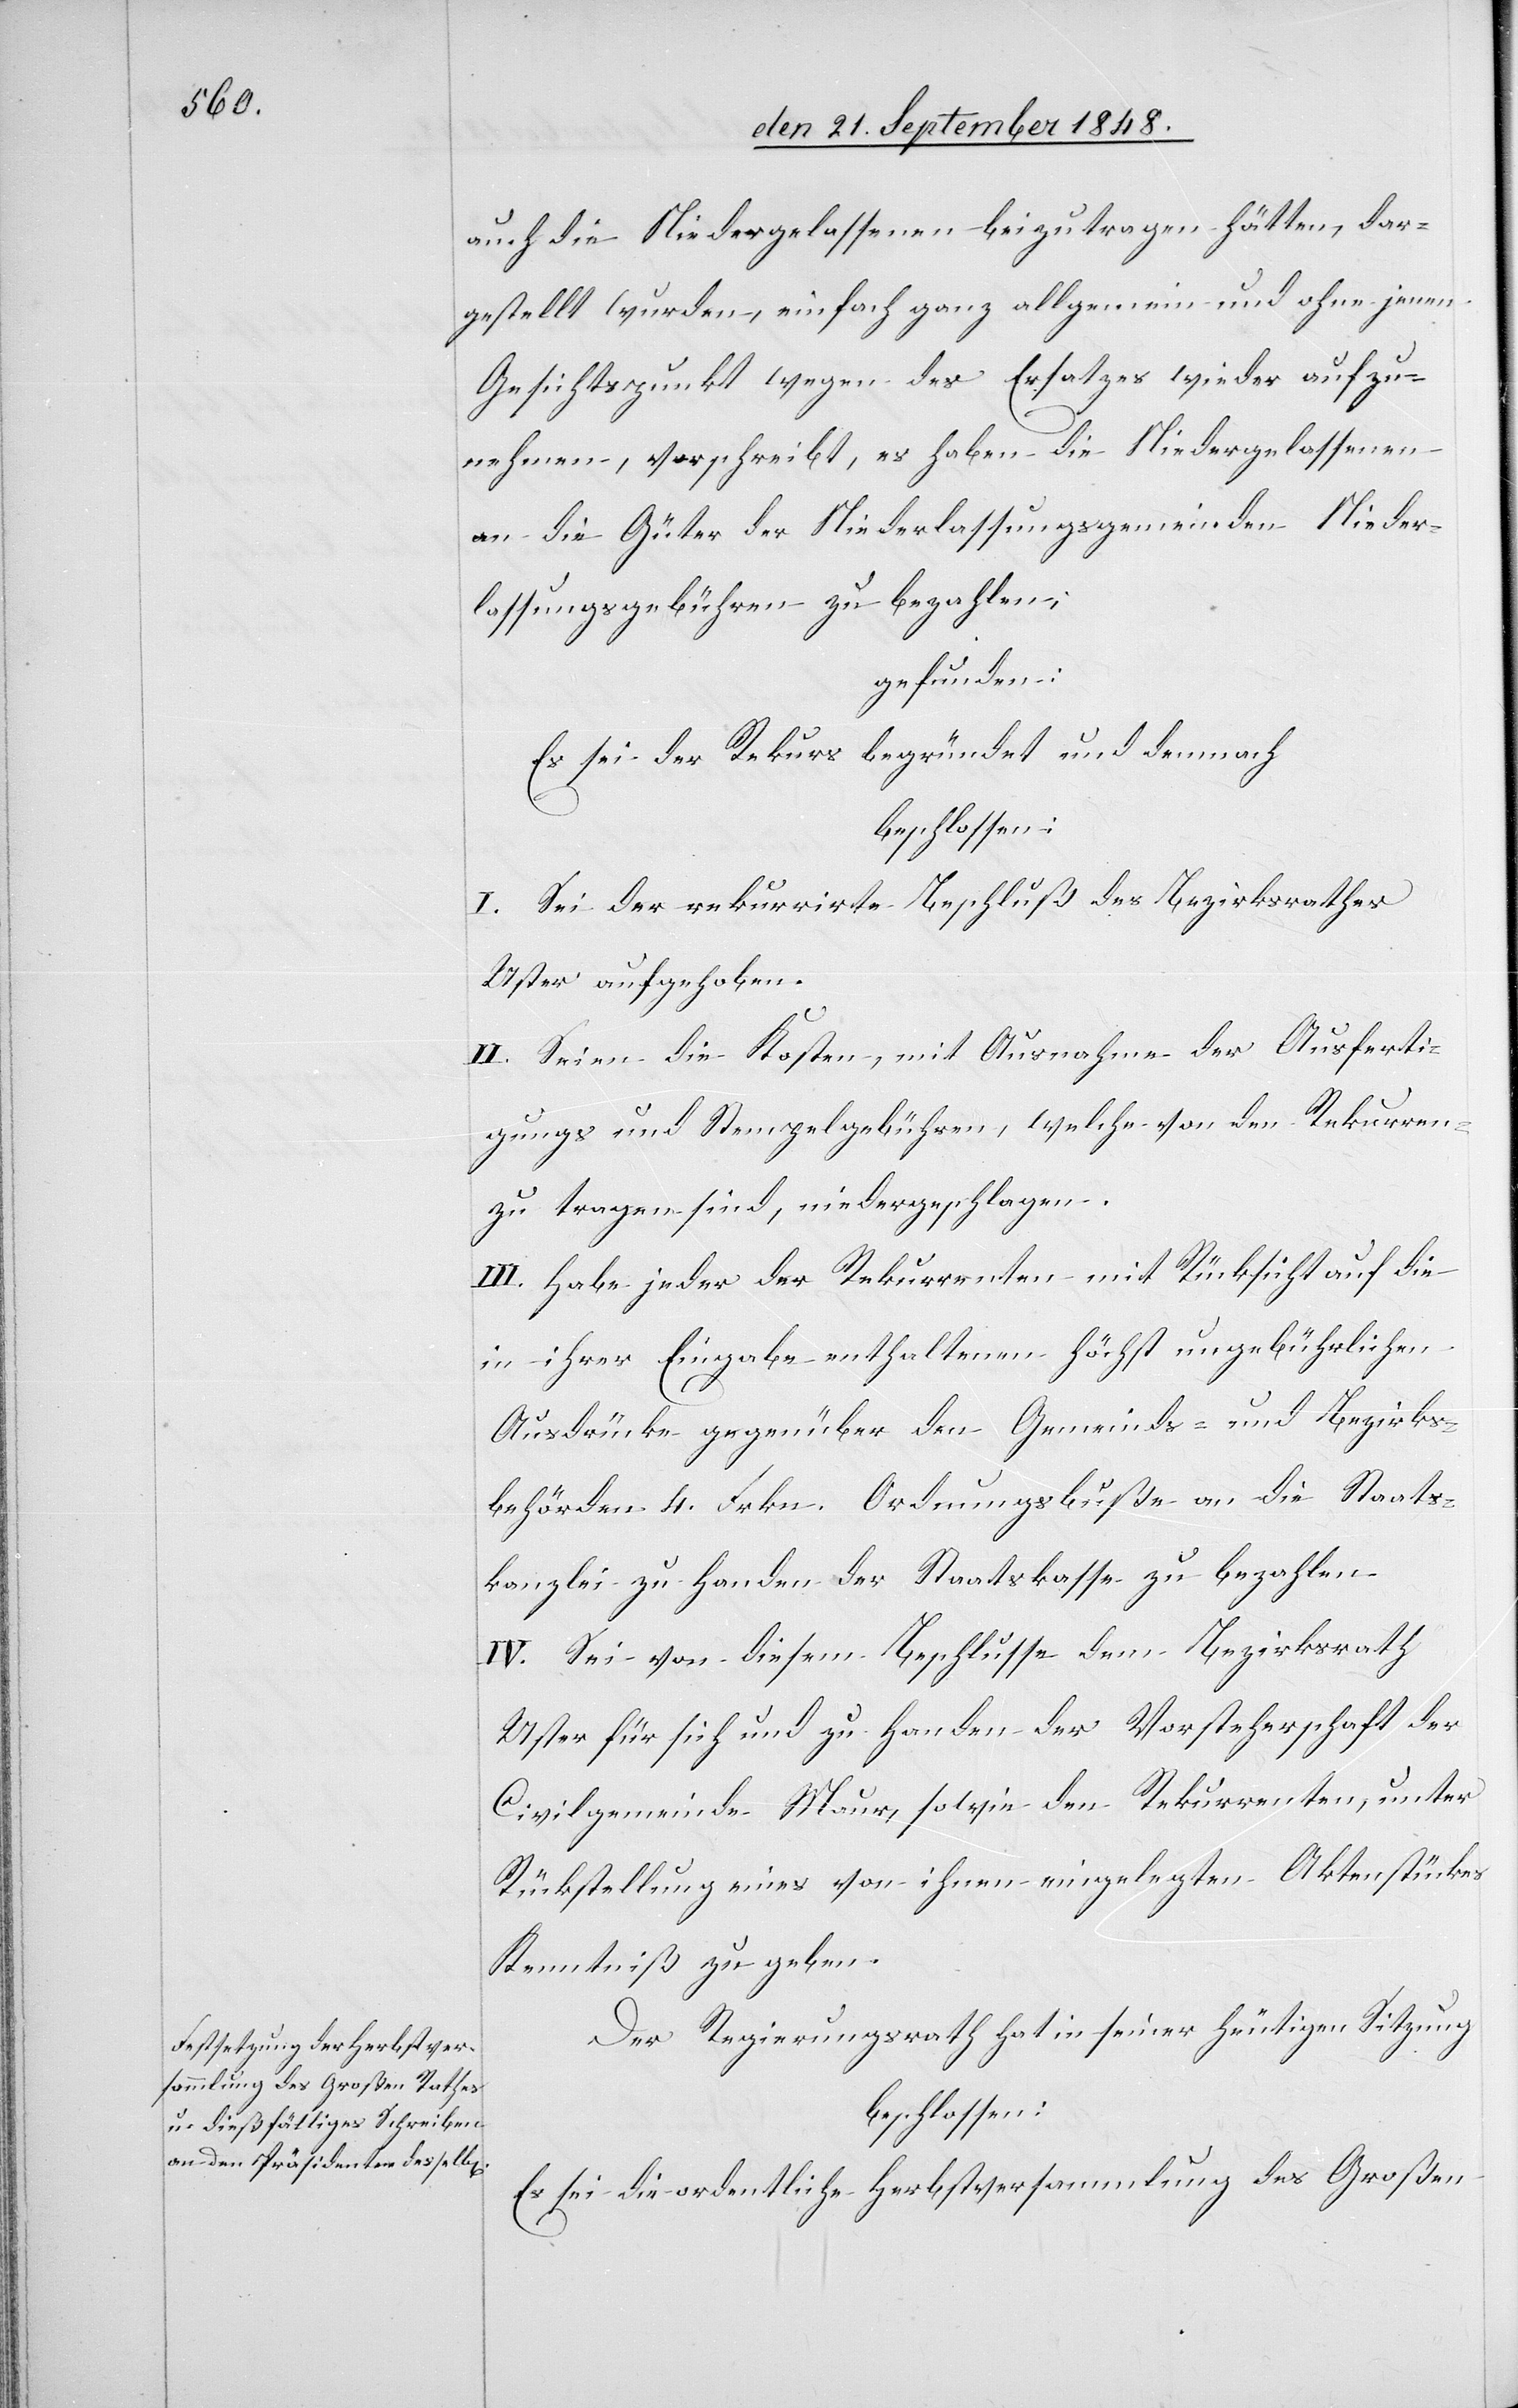
auch die Niedergelassenen beizutragen hätten, dar¬
gestellt wurden, einfach ganz allgemein und ohne jenen
Gesichtspunkt wegen des Ersatzes wieder aufzu¬
nehmen, vorschreibt, es haben die Niedergelassenen
an die Güter der Niederlassungsgemeinden Nieder¬
lassungsgebühren zu bezahlen;
gefunden:
Es sei der Rekurs begründet und demnach
beschlossen:
I. Sei der rekurrirte Beschluß des Bezirksrathes
Uster aufgehoben.
II. Seien die Kosten, mit Ausnahme der Ausferti¬
gungs und Stempelgebühren, welche von den Rekurren[ten]
zu tragen sind, niedergeschlagen.
III. Habe jeder der Rekurrenten mit Rücksicht auf die
in ihrer Eingabe enthaltenen höchst ungebührlichen
Ausdrücke gegenüber den Gemeinds- und Bezirks¬
behörden 4. Frkn. Ordnungsbuße an die Staats¬
kanzlei zu Handen der Staatskasse zu bezahlen.
IV. Sei von diesem Beschlusse dem Bezirksrath
Uster für sich und zu Handen der Vorsteherschaft der
Civilgemeinde Maur, sowie den Rekurrenten, unter
Rückstellung eines von ihnen eingelegten Aktenstückes
Kenntniß zu geben.
Der Regierungsrath hat in seiner heutigen Sitzung
beschlossen:
Es sei die ordentliche Herbstversammlung des Großen